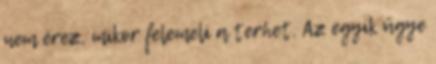
nem érez, mikor felemeli a terhet. Az egyik ügye